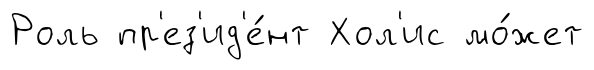
Роль пр'ез'ид'е́нт Хол'ис мо́жет